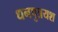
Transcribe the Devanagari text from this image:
धनपुत्रयश